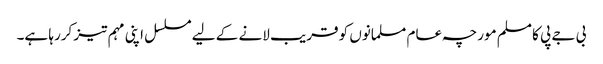
بی جے پی کا مسلم مورچہ عام مسلمانوں کو قریب لانے کے لیے مسلسل اپنی مہم تیز کررہا ہے۔